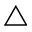
\triangle